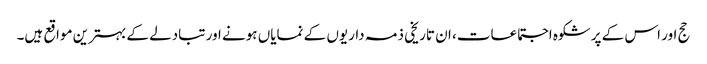
حج اور اس کے پرشکوہ اجتماعات، ان تاریخی ذمہ داریوں کے نمایاں ہونے اور تبادلے کے بہترین مواقع ہیں۔